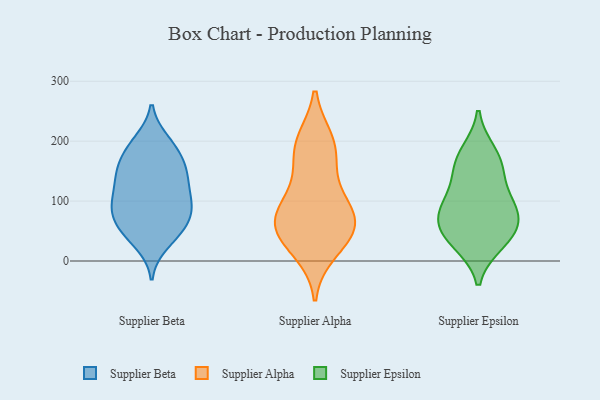
{"axis": {"x": "Satisfaction Score", "y": "Value"}, "legend": ["Supplier Alpha", "Supplier Beta", "Supplier Epsilon"], "data": [{"x": "", "y": 191, "type": "Supplier Beta"}, {"x": "", "y": 169, "type": "Supplier Beta"}, {"x": "", "y": 97, "type": "Supplier Beta"}, {"x": "", "y": 30, "type": "Supplier Beta"}, {"x": "", "y": 152, "type": "Supplier Beta"}, {"x": "", "y": 70, "type": "Supplier Beta"}, {"x": "", "y": 192, "type": "Supplier Beta"}, {"x": "", "y": 152, "type": "Supplier Beta"}, {"x": "", "y": 146, "type": "Supplier Beta"}, {"x": "", "y": 112, "type": "Supplier Beta"}, {"x": "", "y": 91, "type": "Supplier Beta"}, {"x": "", "y": 51, "type": "Supplier Beta"}, {"x": "", "y": 47, "type": "Supplier Beta"}, {"x": "", "y": 142, "type": "Supplier Beta"}, {"x": "", "y": 91, "type": "Supplier Beta"}, {"x": "", "y": 94, "type": "Supplier Beta"}, {"x": "", "y": 199, "type": "Supplier Beta"}, {"x": "", "y": 50, "type": "Supplier Beta"}, {"x": "", "y": 76, "type": "Supplier Beta"}, {"x": "", "y": 128, "type": "Supplier Beta"}, {"x": "", "y": 47, "type": "Supplier Alpha"}, {"x": "", "y": 72, "type": "Supplier Alpha"}, {"x": "", "y": 18, "type": "Supplier Alpha"}, {"x": "", "y": 52, "type": "Supplier Alpha"}, {"x": "", "y": 82, "type": "Supplier Alpha"}, {"x": "", "y": 199, "type": "Supplier Alpha"}, {"x": "", "y": 177, "type": "Supplier Alpha"}, {"x": "", "y": 84, "type": "Supplier Alpha"}, {"x": "", "y": 123, "type": "Supplier Alpha"}, {"x": "", "y": 48, "type": "Supplier Alpha"}, {"x": "", "y": 193, "type": "Supplier Alpha"}, {"x": "", "y": 31, "type": "Supplier Epsilon"}, {"x": "", "y": 38, "type": "Supplier Epsilon"}, {"x": "", "y": 83, "type": "Supplier Epsilon"}, {"x": "", "y": 66, "type": "Supplier Epsilon"}, {"x": "", "y": 150, "type": "Supplier Epsilon"}, {"x": "", "y": 98, "type": "Supplier Epsilon"}, {"x": "", "y": 162, "type": "Supplier Epsilon"}, {"x": "", "y": 51, "type": "Supplier Epsilon"}, {"x": "", "y": 96, "type": "Supplier Epsilon"}, {"x": "", "y": 180, "type": "Supplier Epsilon"}]}